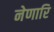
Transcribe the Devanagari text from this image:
नेणारि